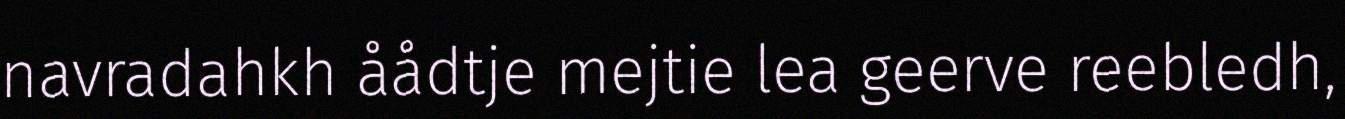
navradahkh åådtje mejtie lea geerve reebledh,